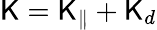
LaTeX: \mathsf{K}=\mathsf{K}_{\| }+\mathsf{K}_{d}